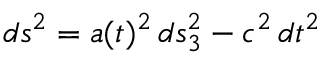
d s ^ { 2 } = a ( t ) ^ { 2 } \, d s _ { 3 } ^ { 2 } - c ^ { 2 } \, d t ^ { 2 }